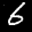
Label: 6